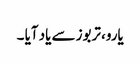
یارو، تربوز سے یاد آیا ۔